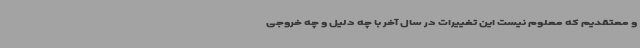
و معتقدیم که معلوم نیست این تغییرات در سال آخر با چه دلیل و چه خروجی